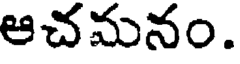
ఆచమనం.